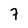
Character: 7